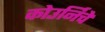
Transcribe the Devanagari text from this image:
कोउर्निचे